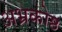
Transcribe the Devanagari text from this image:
अभ्रकोष्ठ